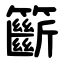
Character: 籪